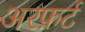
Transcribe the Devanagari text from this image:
अरफ़र्ट